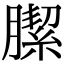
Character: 䐼